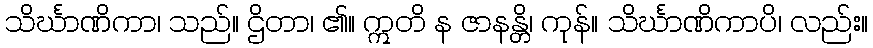
သိင်္ဃာဏိကာ၊ သည်။ ဌိတာ၊ ၏။ ဣတိ န ဇာနန္တိ၊ ကုန်။ သိင်္ဃာဏိကာပိ၊ လည်း။